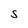
Character: S